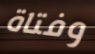
وفتاة